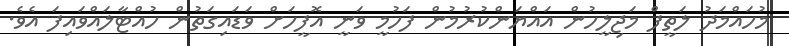
މުހައްމަދު ލަތީފް މަޖިލީހުން އައްޔަންކުރުމުން ފަހުމީ ވަނީ އޮފީހަށް ވަޑައިގަތުން ހުއްޓާލައްވައިފަ އެވެ.